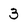
Character: 3